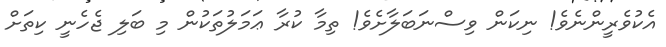
އެކުވެރީންނެވެ! ނިކަން ވިސްނަބަލާށެވެ! ތިމާ ކުރާ ޢަމަލުތަކުން މި ބަލި ޖެހެނީ ކިތަށް